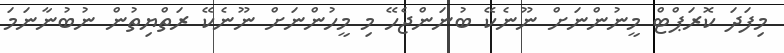
މިފަދަ ކޮރަޕްޓް މީނުންނަށް ނޫނެކޭ ބުނަންޖެހޭ މި މީހުންނަށް ނޫނެކޭ ރަތްޔިތުން ނުބުނާނަމަ